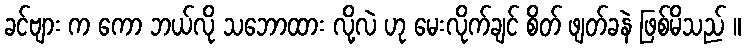
ခင်ဗျား က ကော ဘယ်လို သဘောထား လို့လဲ ဟု မေးလိုက်ချင် စိတ် ဖျတ်ခနဲ ဖြစ်မိသည် ။